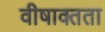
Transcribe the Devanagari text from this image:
वीषाक्तता